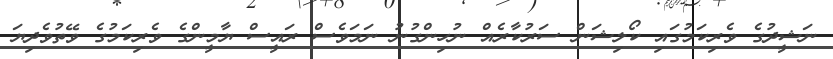
ނަޝީދުގެ ވެރިކަމުގައި ކޯލިޝަން ސަރުކާރެއް ނުހިންގުނު ނަމަވެސް ރައީސް ޔާމީންގެ ވެރިކަމުގެ ވޭތުވެދިޔަ